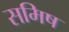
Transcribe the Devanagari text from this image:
समिष